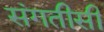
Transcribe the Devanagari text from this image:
संगतीसी